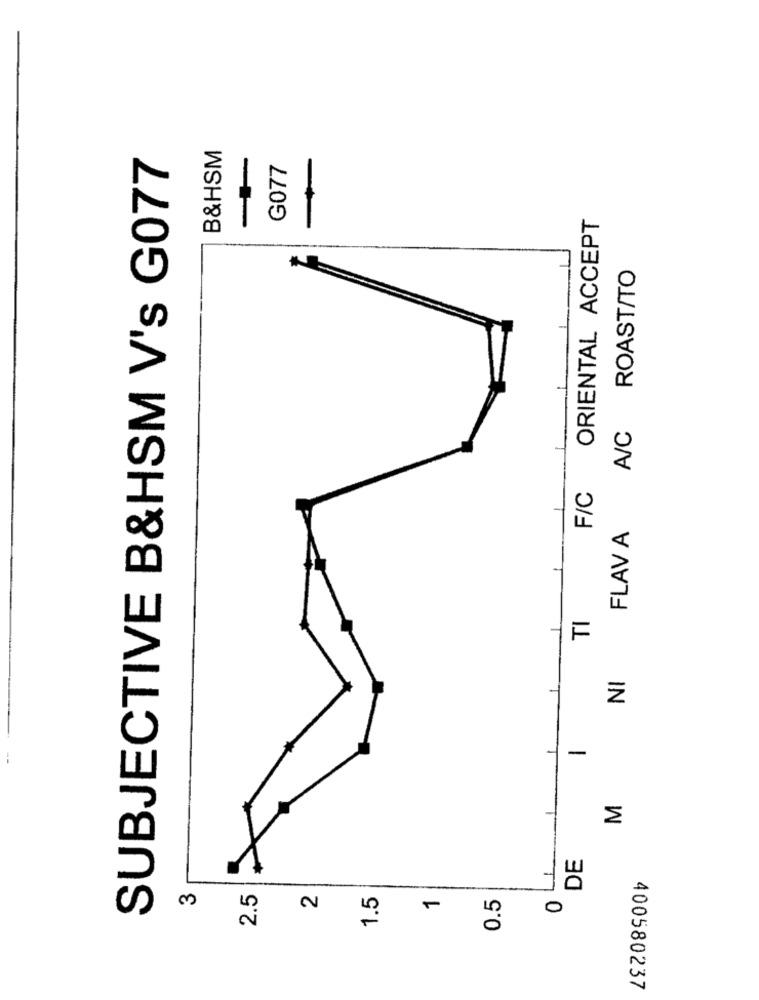
B&HSM
SUBJECTIVE B&HSM V's G077
G077
-
ORIENTAL ACCEPT
ROAST/TO
A/C
F/C
FLAV A
TI
NI
-
M
DE
3
2.5
1.5
0.5
2
-
0
400580237